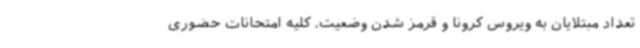
تعداد مبتلایان به ویروس کرونا و قرمز شدن وضعیت، کلیه امتحانات حضوری